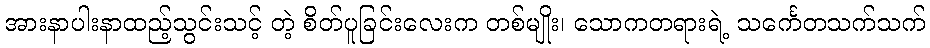
အားနာပါးနာထည့်သွင်းသင့် တဲ့ စိတ်ပူခြင်းလေးက တစ်မျိုး၊ သောကတရားရဲ့ သင်္ကေတသက်သက်